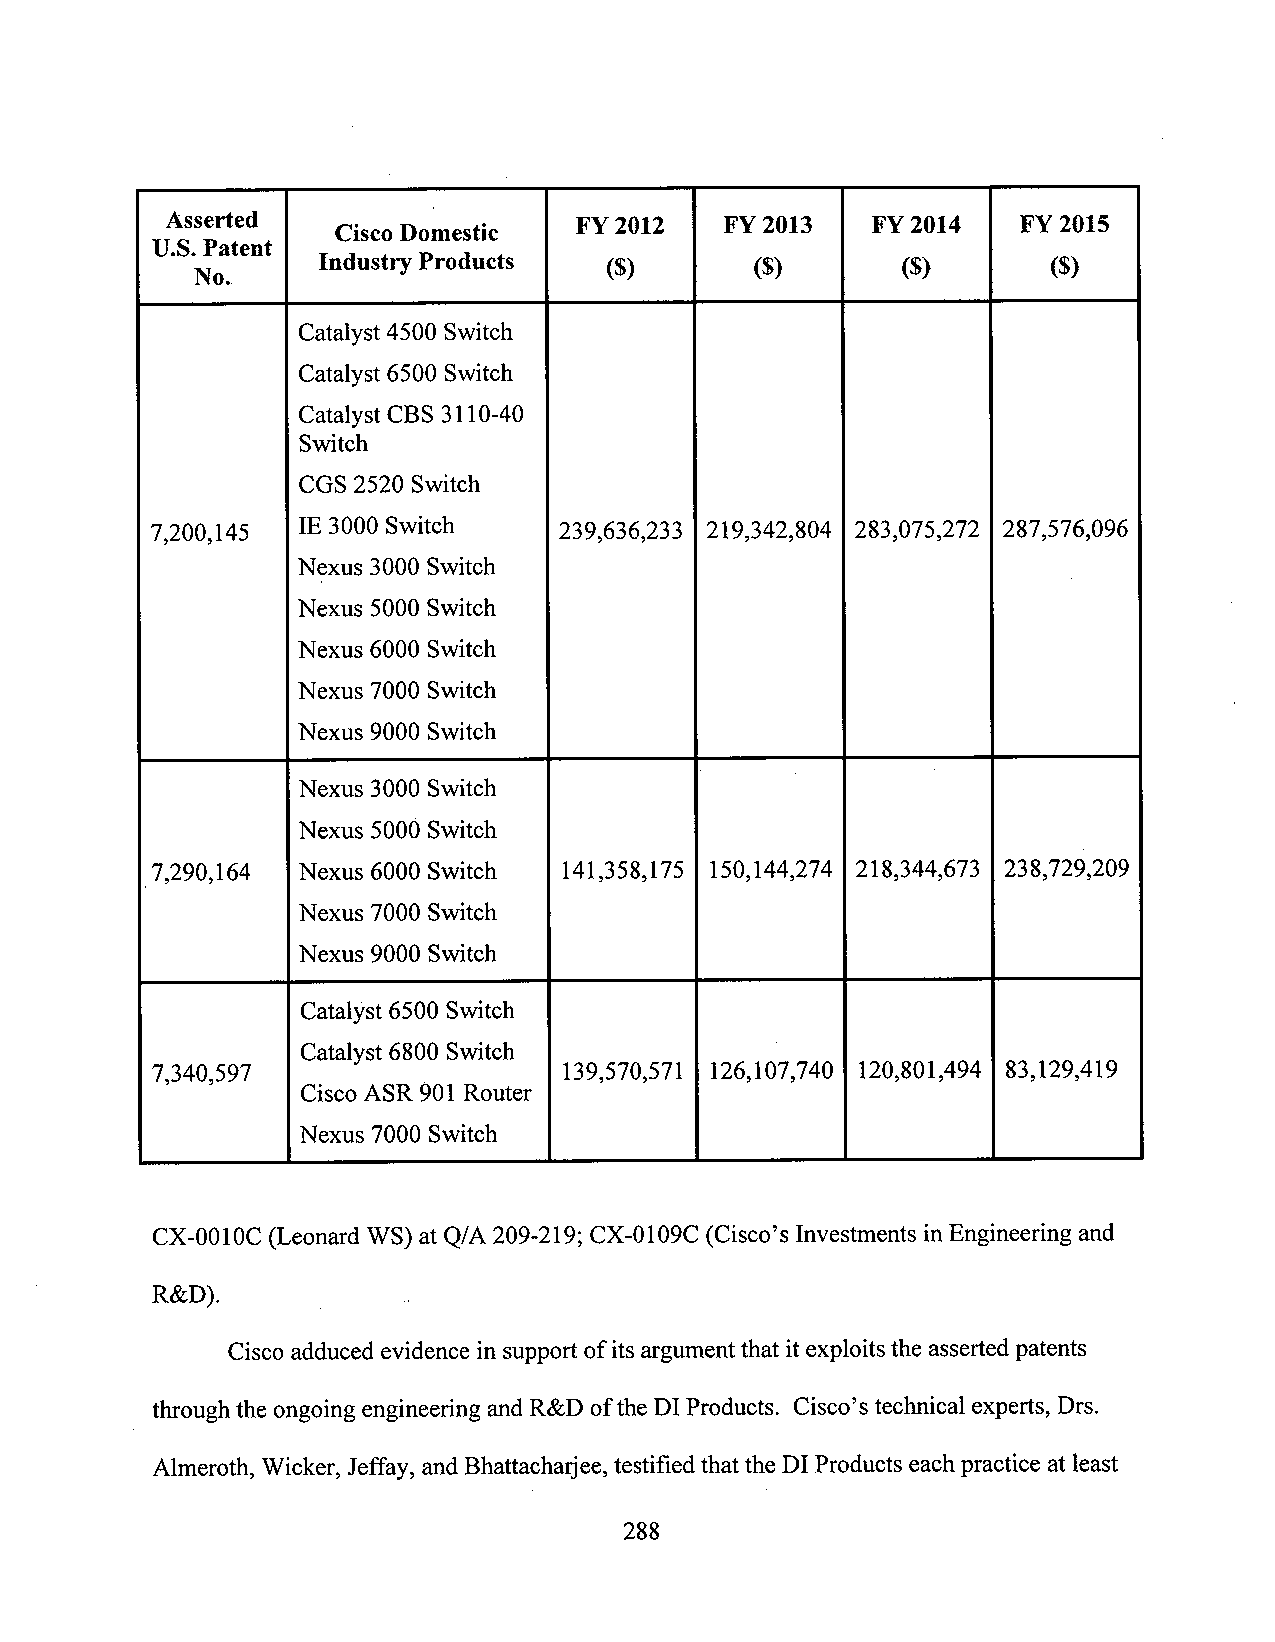
Asserted
 Cisco Domestic  FY 2012   FY 2013   FY 2014   FY 2015
 U.S.Patent
 Industry Products  ($)       ($)       ($)
 N0.
 Catalyst 4500 Switch
 Catalyst 6500 Switch
 Catalyst CBS 3110-40
 Switch
 CGS 2520 Switch
 7,200,145 IE 3000 Switch   239,636,233 219,342,804 283,075,272 287,576,096
 Nexus 3000 Switch
 Nexus 5000 Switch
 Nexus 6000 Switch
 Nexus 7000 Switch
 Nexus 9000 Switch
 Nexus 3000 Switch
 Nexus 5000 Switch
 7,290,164 Nexus 6000 Switch 141,358,175 150,144,274 218,344,673 238,729,209
 Nexus 7000 Switch
 Nexus 9000 Switch
 Catalyst 6500 Switch
 Catalyst 6800 Switch           '
 7,340,597                  139,570,571 126,107,740 120,801,494 83,129,419
 Cisco ASR 901 Router
 Nexus 7000 Switch
 CX-0010C (Leonard WS) at Q/A 209-219; CX-0109C (Cisco’s Investments in Engineering and
 R&D).            .
 Cisco adduced evidence in support of its argument that it exploits the asserted patents
 through the ongoing engineering andR&D ofthe DI Products. Cisc0’s technical experts, Drs.
 Almeroth, Wicker,Jeffay, and Bhattachaljee, testified that the DI Products eachpractice at least
 288